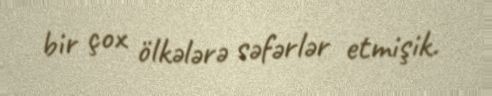
bir çox ölkələrə səfərlər etmişik.